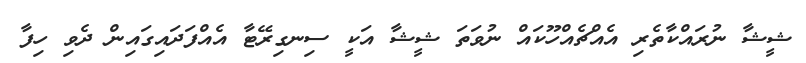
ޝީޝާ ނުރައްކާތެރި އެއްޗެއްހޫކައް ނުވަތަ ޝީޝާ އަކީ ސިނގިރޭޓާ އެއްފަދައިގައިން ދެވި ހިފާ